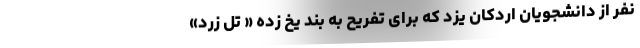
نفر از دانشجویان اردکان یزد که برای تفریح به بند یخ زده « تل زرد»